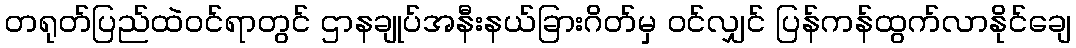
တရုတ်ပြည်ထဲဝင်ရာတွင် ဌာနချုပ်အနီးနယ်ခြားဂိတ်မှ ဝင်လျှင် ပြန်ကန်ထွက်လာနိုင်ချေ